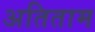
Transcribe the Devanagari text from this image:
अतिताम